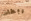
ربطات